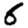
Digit: 6